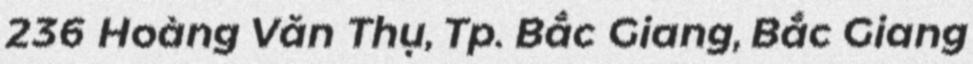
236 Hoàng Văn Thụ, Tp. Bắc Giang, Bắc Giang